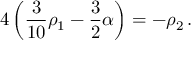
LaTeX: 4 \left( { \frac { 3 } { 1 0 } } \rho _ { 1 } - { \frac { 3 } { 2 } } \alpha \right) = - \rho _ { 2 } \, .